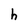
Character: h